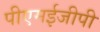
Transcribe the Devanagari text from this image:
पीएमईजीपी